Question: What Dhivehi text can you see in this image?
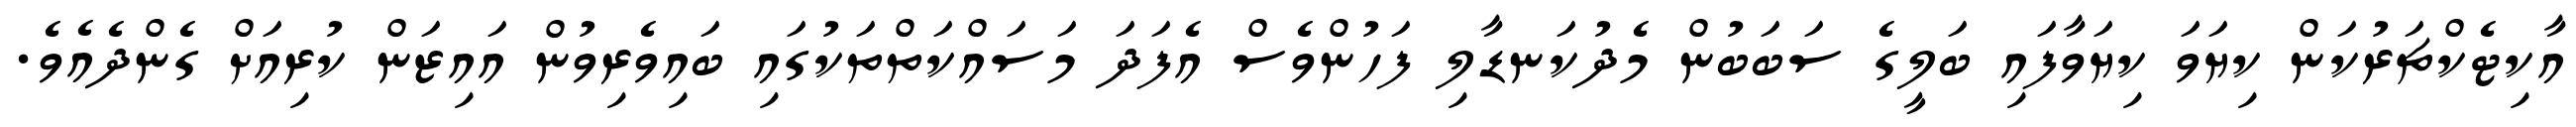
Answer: އާކިޓެކްޗަރުކަން ކިޔަވަ ކިޔަވާފައި ބަލީގެ ސަބަބުން މެދުކަނޑާލި ފަހުންވެސް އެފަދަ މަސައްކަތްތަކުގައި ބައިވެރިވުން އައިޒަން ކުރިއަށް ގެންދެއެވެ.